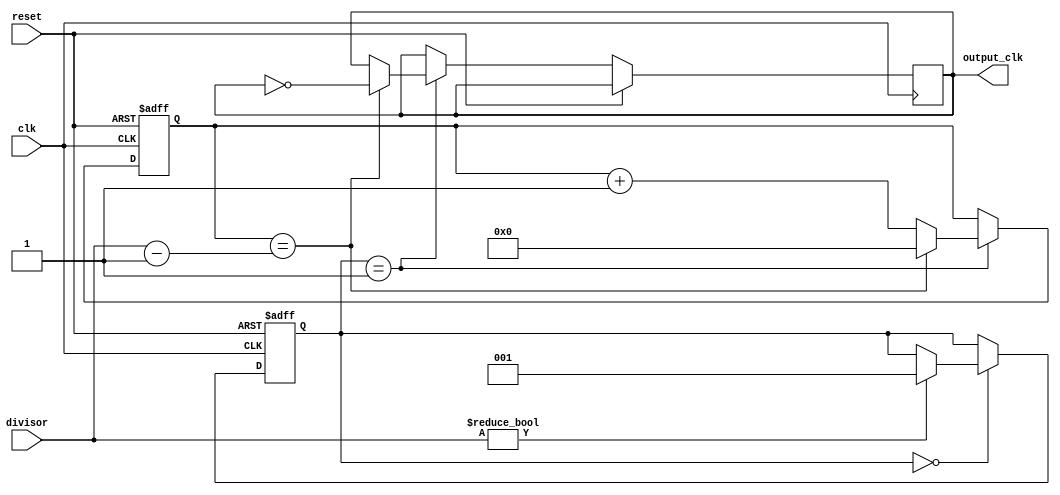
module floating_point_clock_divider (
    input wire clk,
    input wire reset,
    input wire [31:0] divisor,
    output reg output_clk
);

reg [31:0] count;
reg [2:0] state;

always @ (posedge clk or posedge reset) begin
    if (reset) begin
        state <= 3'b000;
        count <= 32'h0;
    end else begin
        case (state)
            3'b000: begin // State 0: Wait for valid divisor
                if (divisor != 32'h0)
                    state <= 3'b001;
            end
            3'b001: begin // State 1: Divide clock
                if (count == divisor - 1) begin
                    output_clk <= ~output_clk;
                    count <= 32'h0;
                end else begin
                    count <= count + 1;
                end
            end
        endcase
    end
end

endmodule